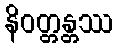
နိဝတ္တန္တဿ